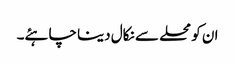
ان کو محلے سے نکال دینا چاہئے۔